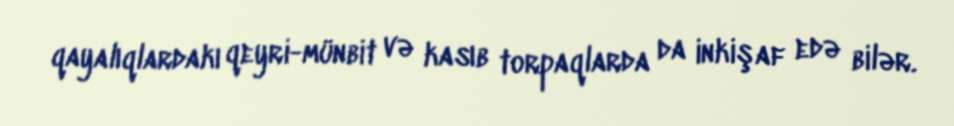
qayalıqlardakı qeyri-münbit və kasıb torpaqlarda da inkişaf edə bilər.